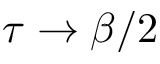
\tau \rightarrow \beta / 2